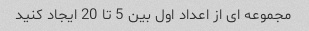
مجموعه ای از اعداد اول بین 5 تا 20 ایجاد کنید